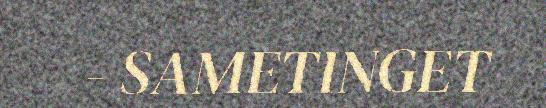
- SAMETINGET